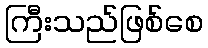
ကြီးသည်ဖြစ်စေ